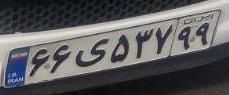
۶۶ی۵۳۷۹۹